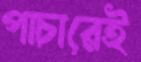
পাচারেই